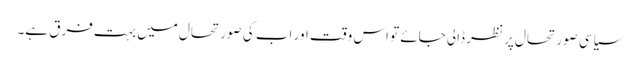
سیاسی صورتحال پر نظر ڈالی جائے تو اس وقت اور اب کی صورتحال میں بہت فرق ہے۔